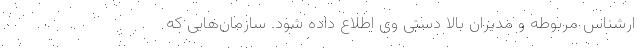
ارشناس مربوطه و مدیران بالا دستی وی اطلاع داده شود. سازمان‌هایی که